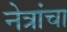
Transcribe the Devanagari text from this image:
नेत्रांचा